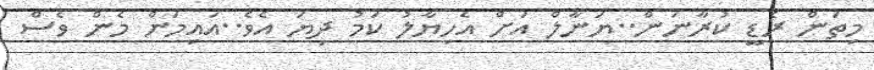
މިތަން ރެޑީ ކުރާނަން..ޔަނާލް އަށް އެހިޔާލު ކަމު ދިޔަ އެވެ..އައިމަން މެން ވެސް